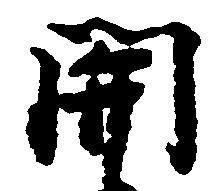
関